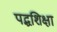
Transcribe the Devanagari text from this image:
पद्धशिक्षा